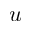
u